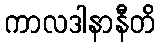
ကာလဒါနာနီတိ